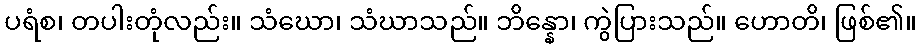
ပရံစ၊ တပါးတုံလည်း။ သံဃော၊ သံဃာသည်။ ဘိန္နော၊ ကွဲပြားသည်။ ဟောတိ၊ ဖြစ်၏။